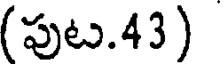
(పుట.43)